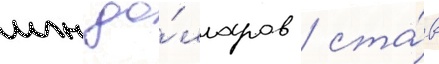
млн до́лларов / ста́в